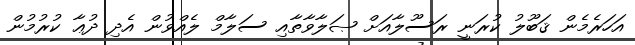
އަހަރެމެން ޤަބޫލު ކުރަނީ ރަސޫލާއަށް ޞަލާވާތާއި ސަލާމް ލެއްވުން އެދި ދުޢާ ކުރުމުން